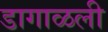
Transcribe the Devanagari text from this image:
डागाळली